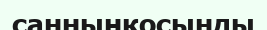
санныңқосынды